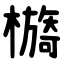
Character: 檹